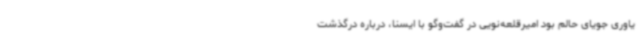
یاوری جویای حالم بود امیرقلعه‌نویی در گفت‌وگو با ایسنا، درباره درگذشت